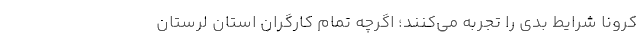
کرونا شرایط بدی را تجربه می‌کنند؛ اگرچه تمام کارگران استان لرستان